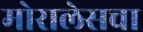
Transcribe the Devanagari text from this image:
मोरालेसचा